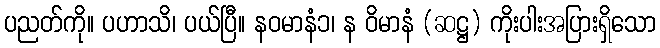
ပညတ်ကို။ ပဟာသိ၊ ပယ်ပြီ။ နဝမာနံ၁၊ န ဝိမာနံ (ဆဋ္ဌ) ကိုးပါးအပြားရှိသော